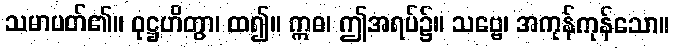
သမာပတ်၏။ ဝုဋ္ဌဟိတွာ၊ ထ၍။ ဣဓ၊ ဤအရပ်၌။ သဗ္ဗေ၊ အကုန်ကုန်သော။